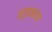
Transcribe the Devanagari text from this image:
वर्तकांचा